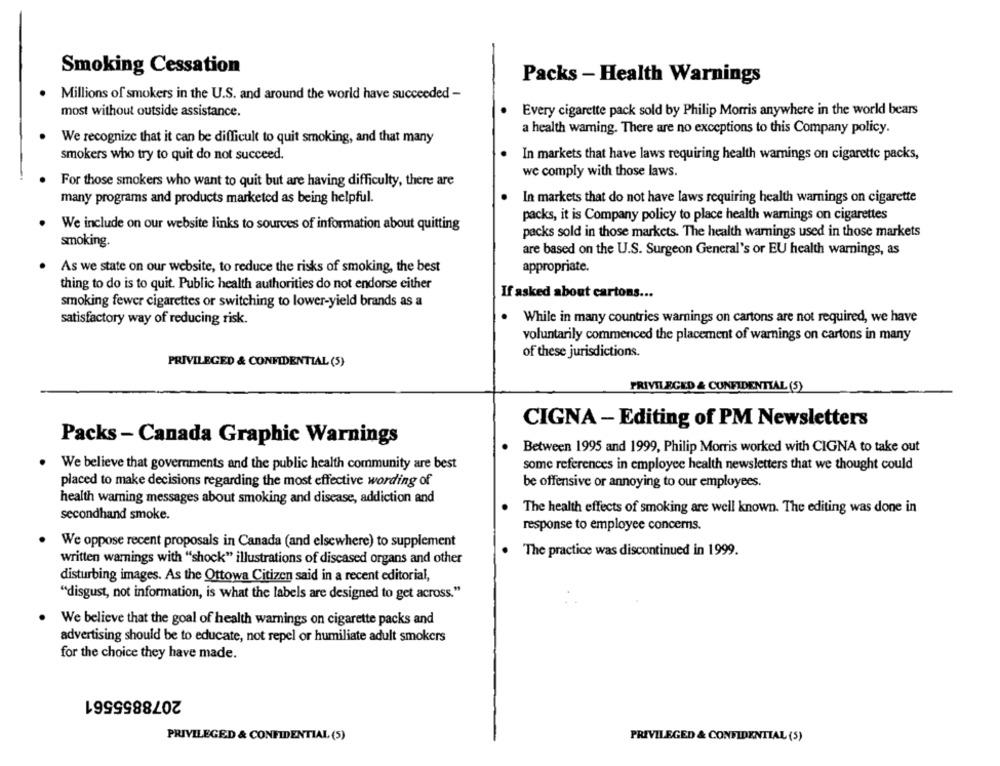
Smoking Cessation
Packs - Health Warnings
. Millions of smokers in the U.S. and around the world have succeeded -
most without outside assistance.
Every cigarette pack sold by Philip Morris anywhere in the world bears
a health warning. There are no exceptions to this Company policy.
We recognize that it can be difficult to quit smoking, and that many
smokers who try to quit do not succeed.
In markets that have laws requiring health warnings on cigarette packs,
we comply with those laws.
For those smokers who want to quit but are having difficulty, there are
many programs and products marketed as being helpful.
In markets that do not have laws requiring health warnings on cigarette
packs, it is Company policy to place health warnings on cigarettes
We include on our website links to sources of information about quitting
packs sold in those markets. The health warnings used in those markets
smoking.
are based on the U.S. Surgeon General's or EU health warnings, as
As we state on our website, to reduce the risks of smoking, the best
appropriate.
thing to do is to quit. Public health authorities do not endorse either
If asked about cartons ...
smoking fewer cigarettes or switching to lower-yield brands as a
satisfactory way of reducing risk.
.
While in many countries warnings on cartons are not required, we have
voluntarily commenced the placement of warnings on cartons in many
of these jurisdictions.
PRIVILEGED & CONFIDENTIAL (5)
PRIVILEGED & CONFIDENTIAL (5)
CIGNA - Editing of PM Newsletters
Packs - Canada Graphic Warnings
Between 1995 and 1999, Philip Morris worked with CIGNA to take out
We believe that governments and the public health community are best
some references in employee health newsletters that we thought could
placed to make decisions regarding the most effective wording of
be offensive or annoying to our employees.
health warning messages about smoking and disease, addiction and
The health effects of smoking are well known. The editing was done in
secondhand smoke.
response to employee concerns.
We oppose recent proposals in Canada (and elsewhere) to supplement
. The practice was discontinued in 1999.
written warnings with "shock" illustrations of diseased organs and other
disturbing images. As the Ottowa Citizen said in a recent editorial,
"disgust, not information, is what the labels are designed to get across."
We believe that the goal of health warnings on cigarette packs and
advertising should be to educate, not repel or humiliate adult smokers
for the choice they have made.
2078855561
PRIVILEGED & CONFIDENTIAL (5)
PRIVILEGED & CONFIDENTIAL (5)